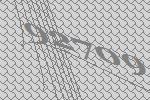
92709